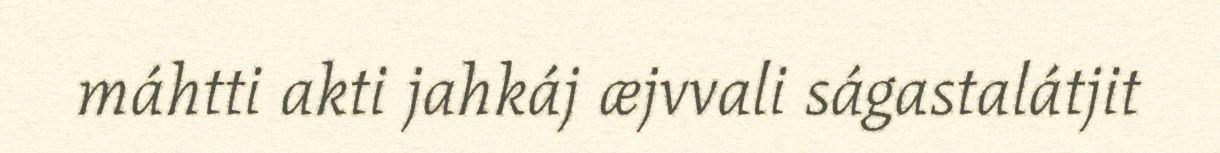
máhtti akti jahkáj æjvvali ságastalátjit